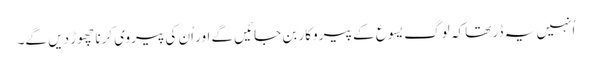
‏ اُنہیں یہ ڈر تھا کہ لوگ یسوع کے پیروکار بن جائیں گے اور اُن کی پیروی کرنا چھوڑ دیں گے۔